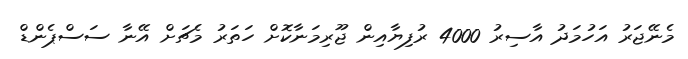
މެނޭޖަރު އަހުމަދު އާސިރު 4000 ރުފިޔާއިން ޖޫރިމަނާކޮށް ހަތަރު މެޗަށް އޭނާ ސަސްޕެންޑް